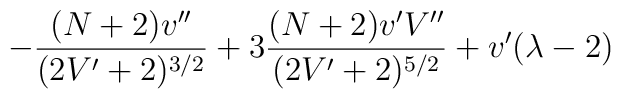
- \frac{(N+2)v''}{(2 V'+2)^{3/2}} + 3 \frac{(N+2) v' V''}{(2 V'+2)^{5/2}} + v' (\lambda-2)